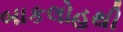
બાકલોહથી